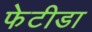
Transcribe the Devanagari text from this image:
फेटीडा